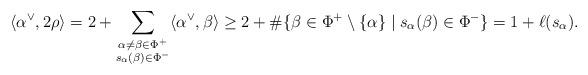
LaTeX: \begin{align*}\langle \alpha^\vee, 2\rho\rangle = 2+\sum_{\substack{\alpha \neq \beta\in \Phi^+\\s_\alpha(\beta)\in \Phi^-}}\langle\alpha^\vee, \beta\rangle\geq 2 + \#\{\beta\in \Phi^+\setminus\{\alpha\}\mid s_\alpha(\beta)\in \Phi^-\} = 1+\ell(s_\alpha).\end{align*}